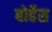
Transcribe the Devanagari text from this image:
बोर्हेस